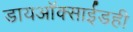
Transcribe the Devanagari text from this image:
डायऑक्साईडही